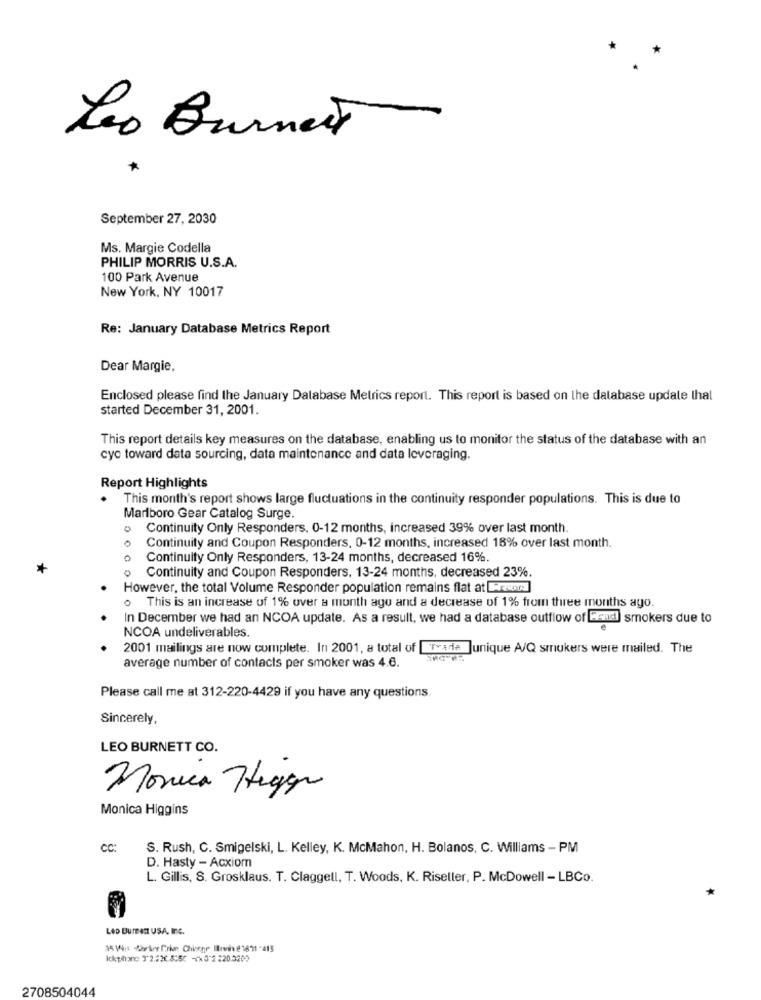
Leo Burnett
September 27, 2030
Ms. Margie Codella
PHILIP MORRIS U.S.A.
100 Park Avenue
New York, NY 10017
Re: January Database Metrics Report
Dear Margie.
Enclosed please find the January Database Metrics report. This report is based on the database update thal
started December 31, 2001.
This report details key measures on the database, enabling us to monitor the status of the database with an
cyc toward data sourcing, data maintenance and data leveraging.
Report Highlights
. This month's report shows large fluctuations in the continuity responder populations. This is due to
Marlboro Gear Catalog Surge.
0
Continuity Only Responders. 0-12 months, increased 39% over last month.
Continuity and Coupon Responders, 0-12 months, increased 18% over last month.
Continuity Only Responders, 13-24 months, decreased 16%.
Continuity and Coupon Responders. 13-24 months, decreased 23%.
However, the total Volume Responder population remains flat at 1-rewers]
. This is an increase of 1% over a month ago and a decrease of 1% from three months ago.
In December we had an NCOA update. As a result, we had a database outflow of Fend smokers due to
NCOA undeliverables.
2001 mailings are now complete. In 2001, a total of Trade unique A/Q smokers were mailed. The
average number of contacts per smoker was 4.6.
Please call me at 312-220-4429 if you have any questions.
Sincerely,
LEO BURNETT CO.
Monica Tegen
Monica Higgins
CC:
S. Rush, C. Smigelski, L. Kelley, K. McMahon, H. Bolanos, C. Williams - PM
D. Hasty - Acxiom
L. Gillis, S. Grosklaus. T. Claggell, T. Woods, K. Riseller, P. McDowell - LBCo.
Leo Burnett USA, Inc.
Ickthan: 3 2.220.8:52 -( 3-2 220.0202
2708504044